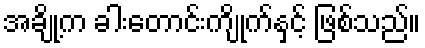
အချို့က ခါးတောင်းကျိုက်နှင့် ဖြစ်သည်။